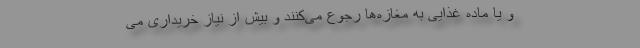
و یا ماده غذایی به مغازه‌ها رجوع می‌کنند و بیش از نیاز خریداری می